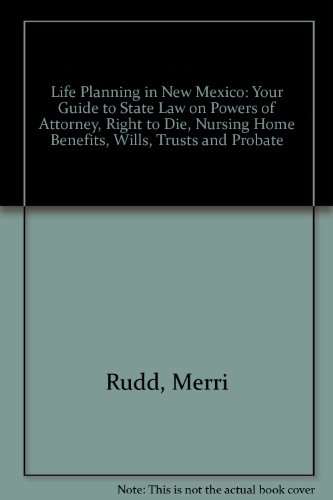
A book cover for Life Planning in New Mexico: Your Guide to State Law on Powers of Attorney, Right to Die, Nursing Home Benefits, Wills, Trusts and Probate; Merri Rudd; Law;